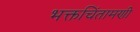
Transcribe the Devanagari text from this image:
भक्तचिंतामणी